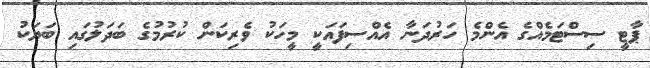
ޕާޓީ ސިސްޓަމެއްގެ އެންމެ ހަރުދަނާ އެއްސިފައަކީ މީހަކު ވެރިކަން ކުރުމުގެ ބަދަލުގައި ބަޔަކު